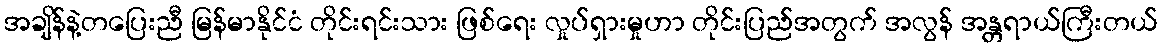
အချိန်နဲ့တပြေးညီ မြန်မာနိုင်ငံ တိုင်းရင်းသား ဖြစ်ရေး လှုပ်ရှားမှုဟာ တိုင်းပြည်အတွက် အလွန် အန္တရာယ်ကြီးတယ်